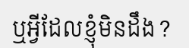
ឬអ្វីដែលខ្ញុំមិនដឹង?